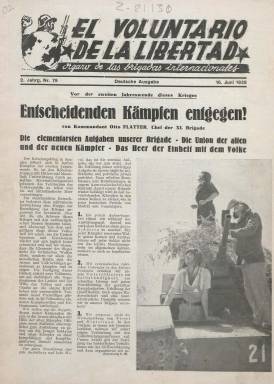
Título: El Voluntario de la libertad (Deutsche Ausg.)
Colección: Guerra civil || Periódicos
Ámbito geográfico: Barcelona
Lugar de publicación: Barcelona
Fechas: 16/06/1938-19/07/1938